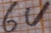
Text: 6V